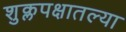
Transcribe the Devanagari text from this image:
शुक्लपक्षातल्या